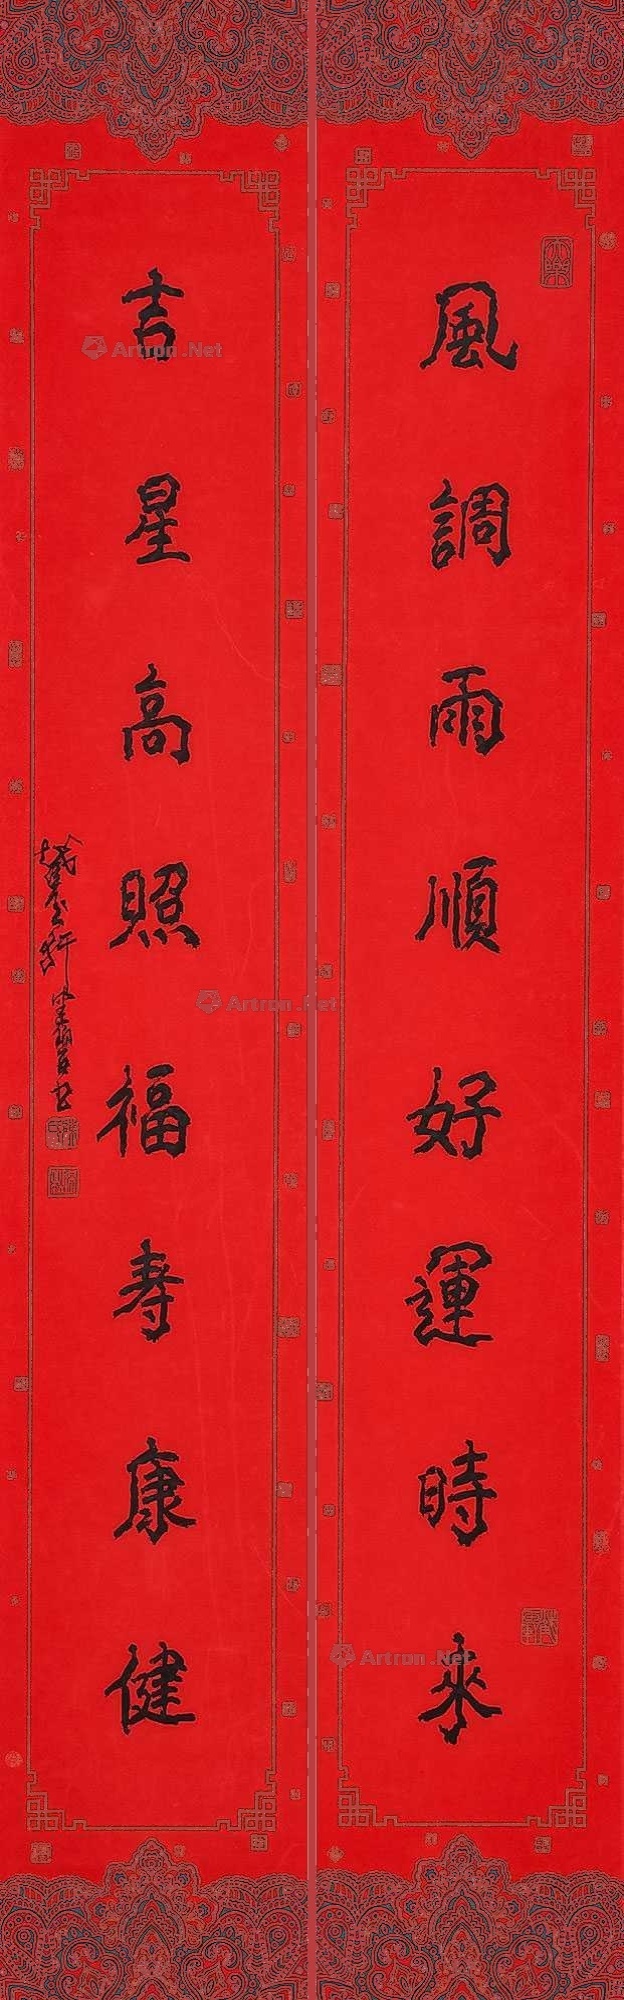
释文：风调雨顺好运时来，吉星高照福寿康健。截玉轩健碧书。